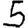
Digit: 5